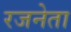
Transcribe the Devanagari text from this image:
रजनेता